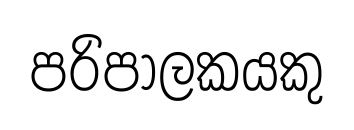
පරිපාලකයකු